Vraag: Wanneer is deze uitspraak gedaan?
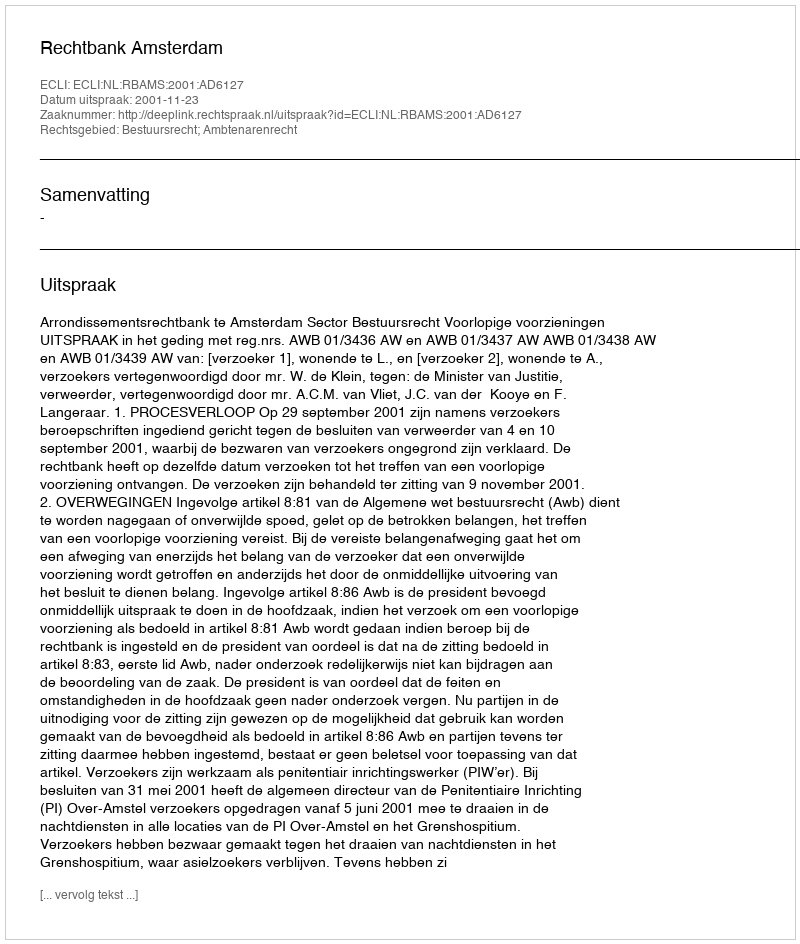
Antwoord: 2001-11-23